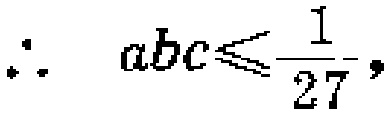
\(\therefore\ \ abc\leqslant\frac{1}{27},\)